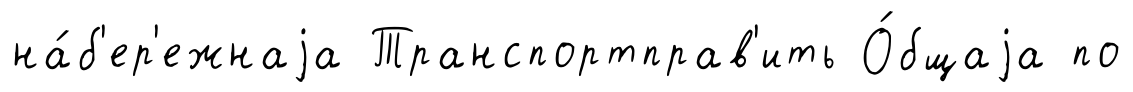
на́б'ер'ежнаjа Транспортправ'ить О́бщаjа по